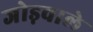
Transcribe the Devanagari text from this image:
जोड़वाले